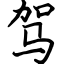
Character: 驾